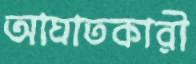
আঘাতকারী